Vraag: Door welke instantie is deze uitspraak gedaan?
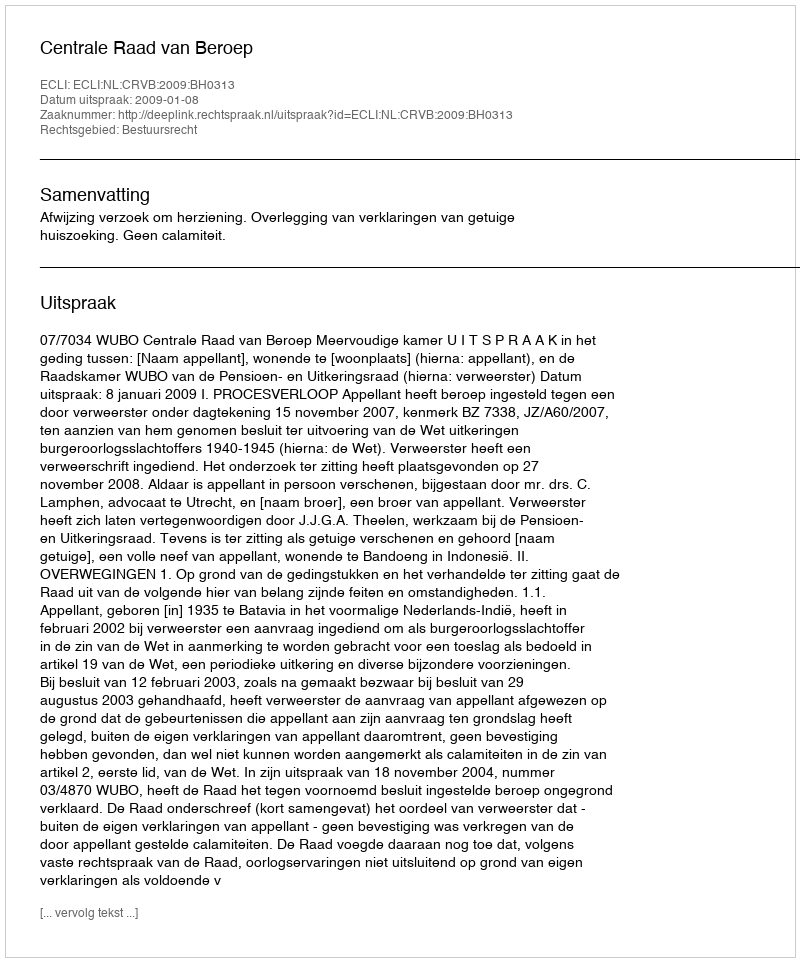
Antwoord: Centrale Raad van Beroep